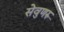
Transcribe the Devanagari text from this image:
सेवुणरु